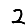
Digit: 2